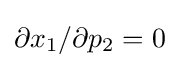
\partial x_{1}/\partial p_{2}=0